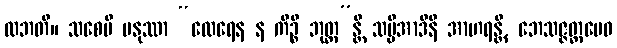
လဘတိ။ သစေပိ မနုဿာ “ထေရေန န ကိဉ္စိ ဘုတ္တ”န္တိ သပ္ပိအာဒီနိ အာဟရန္တိ, ဘေသဇ္ဇတ္ထမေဝ